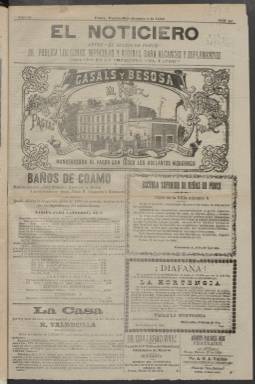
Título: El Noticiero (Ponce)
Colección: Periódicos
Ámbito geográfico: Puerto Rico
Lugar de publicación: Ponce (Puerto Rico)
Fechas: 01/10/1894-11/05/1896